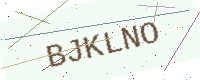
Text: BJKLNO